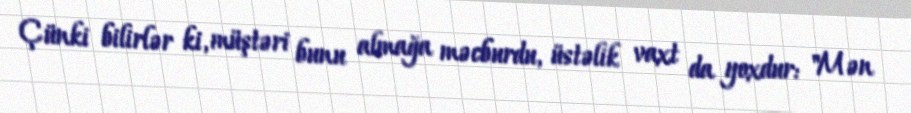
Çünki bilirlər ki, müştəri bunu almağa məcburdu, üstəlik vaxt da yoxdur: "Mən